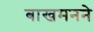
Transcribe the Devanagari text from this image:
बाखमनने